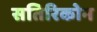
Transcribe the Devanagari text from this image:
सतिरिकोन